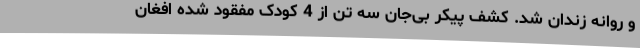
و روانه زندان شد. کشف پیکر بی‌جان سه تن از 4 کودک مفقود شده افغان